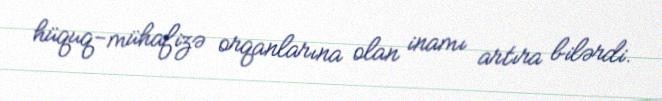
hüquq-mühafizə orqanlarına olan inamı artıra bilərdi.